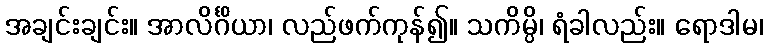
အချင်းချင်း။ အာလိင်္ဂိယာ၊ လည်ဖက်ကုန်၍။ သကိမ္ပိ၊ ရံခါလည်း။ ရောဒါမ၊